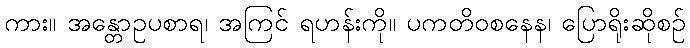
ကား။ အန္တောဥပစာရ၊ အကြင် ရဟန်းကို။ ပကတိဝစနေန၊ ပြောရိုးဆိုစဉ်